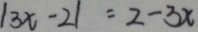
\vert 3 x - 2 \vert = 2 - 3 x